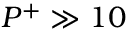
P ^ { + } \gg 1 0